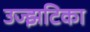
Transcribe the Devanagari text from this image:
उज्झटिका